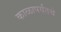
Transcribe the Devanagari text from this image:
काळापर्यंतचे